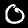
Digit: 0